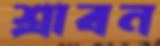
শ্রাবন